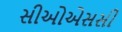
સીઓએસસી